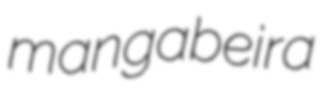
mangabeira